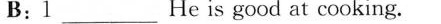
B;1___He is good at cooking.